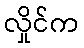
လှိုင်က